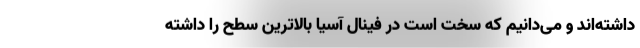
داشته‌اند و می‌دانیم که سخت است در فینال آسیا بالاترین سطح را داشته